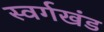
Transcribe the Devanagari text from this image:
स्वर्गखंड